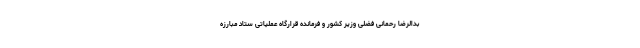
بدالرضا رحمانی فضلی وزیر کشور و فرمانده قرارگاه عملیاتی ستاد مبارزه